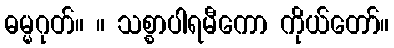
ဓမ္မဂုတ်။ ။ သစ္စာပါရမီကော ကိုယ်တော်။